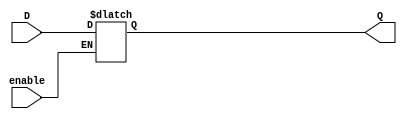
module D_latch(output Q,input D,input enable);
reg Q;
always @ (enable or D)
    if(enable) Q<=D;
endmodule